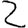
Digit: 2